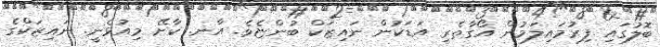
ބޮލުގައި ފިރުމައިލަމުން އޯގާތެރި އަޑަކުން ނައިޒަކް ބުންޏެވެ. އާނ. ކާށޭ މިއުޅެނީ. ނައިޒަކްގެ